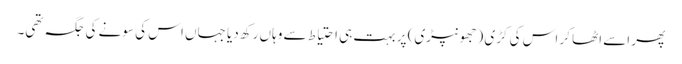
پھر اسے اٹھا کر اس کی کڑی (جھونپڑی) پر بہت ہی احتیاط سے وہاں رکھ دیا جہاں اس کی سونے کی جگہ تھی۔